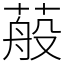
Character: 蒰